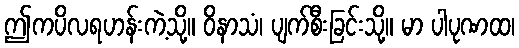
ဤကပိလရဟန်းကဲ့သို့။ ဝိနာသံ၊ ပျက်စီးခြင်းသို့။ မာ ပါပုဏထ၊